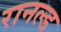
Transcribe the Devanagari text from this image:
रानल्ड